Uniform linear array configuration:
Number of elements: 24
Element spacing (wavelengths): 0.25
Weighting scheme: hamming
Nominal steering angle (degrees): -60
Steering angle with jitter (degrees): -60.308
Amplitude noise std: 0.05
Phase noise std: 0.05

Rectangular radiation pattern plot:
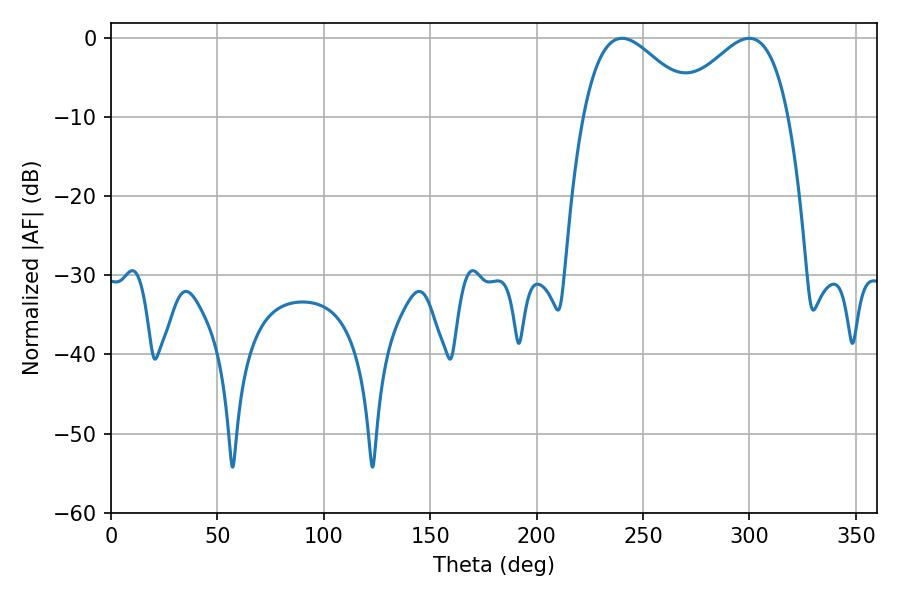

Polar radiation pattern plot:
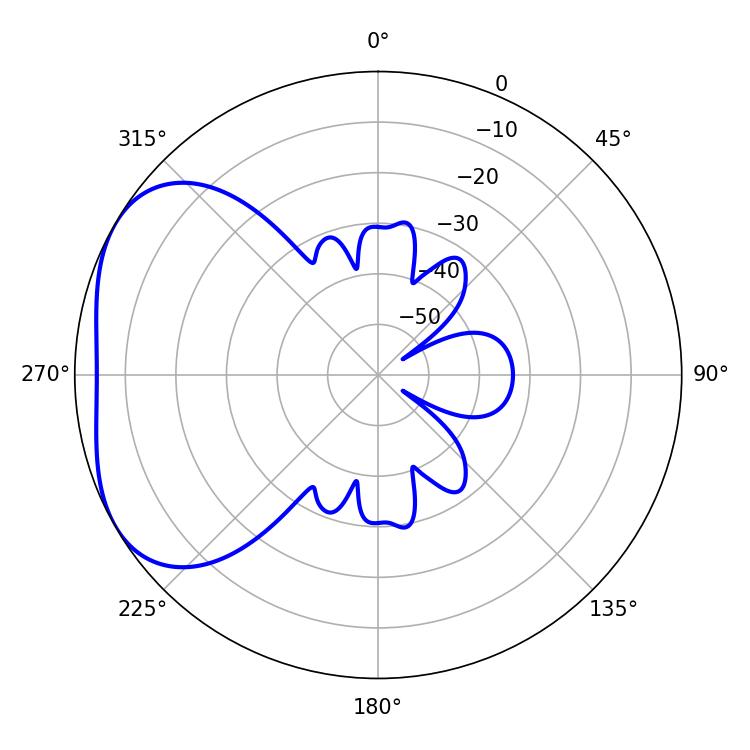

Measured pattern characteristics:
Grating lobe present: FALSE
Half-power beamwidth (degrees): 28.8
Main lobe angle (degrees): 240.12